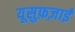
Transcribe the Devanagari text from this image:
यूसुफ़ज़ाई